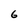
Character: 6